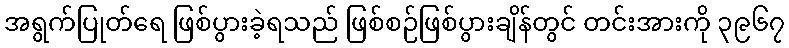
အရွက်ပြုတ်ရေ ဖြစ်ပွားခဲ့ရသည် ဖြစ်စဉ်ဖြစ်ပွားချိန်တွင် တင်းအားကို ၃၉၆၇